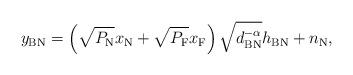
LaTeX: \begin{align*}y_{\textrm{BN}}=\left( \sqrt{P_{\textrm{N}}}x_{\textrm{N}}+\sqrt{P_{\textrm{F}}}x_{\textrm{F}} \right)\sqrt{d_{\textrm{BN}}^{-\alpha}}h_{\textrm{BN}}+n_{\textrm{N}},\end{align*}